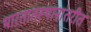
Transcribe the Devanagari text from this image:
भारतातस्थानांतरीत